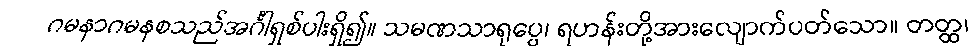
ဂမနာဂမနစသည်အင်္ဂါရှစ်ပါးရှိ၍။ သမဏသာရုပ္ပေ၊ ရဟန်းတို့အားလျောက်ပတ်သော။ တတ္ထ၊